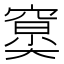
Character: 𥧤